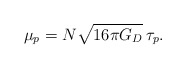
\begin{align*}\mu_{p} = N \sqrt{16 \pi G_{D}} \, \tau_{p}.\end{align*}